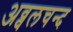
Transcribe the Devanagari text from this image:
अव्वलचन्द